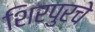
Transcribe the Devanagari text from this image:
शिरपुरचे